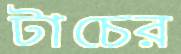
টাচের